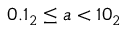
0 . 1 _ { 2 } \leq a < 1 0 _ { 2 }